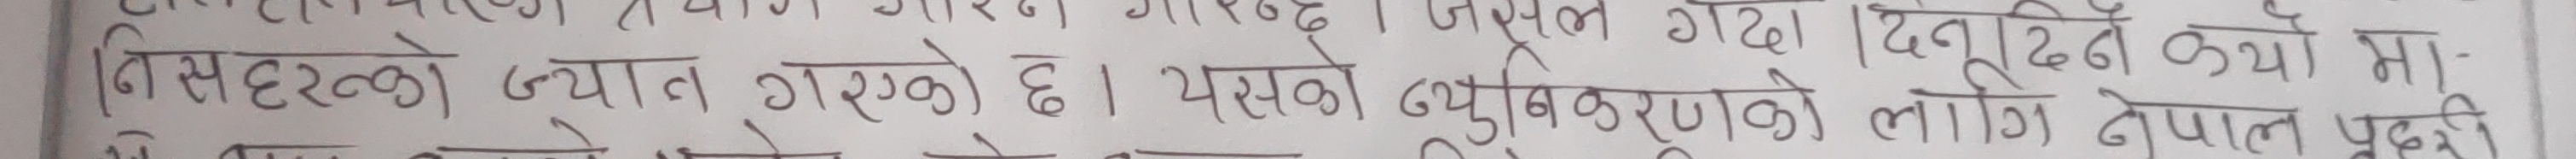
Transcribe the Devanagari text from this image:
निसहर ज्यान गरेको छ । यसको पुनरावलोकनको लागि नेपाल पुर्वी मा-